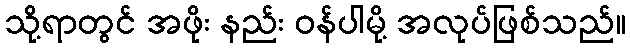
သို့ရာတွင် အဖိုး နည်း ဝန်ပါမို့ အလုပ်ဖြစ်သည်။